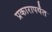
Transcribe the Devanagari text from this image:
प्रकारापर्यंत